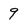
Character: 9